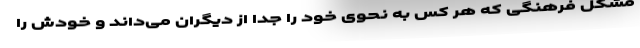
مشکل فرهنگی که هر کس به نحوی خود را جدا از دیگران می‌داند و خودش را